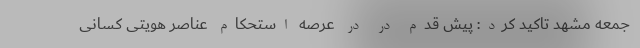
جمعه مشهد تاکید کرد: پیش قدم در در عرصه استحکام عناصر هویتی کسانی